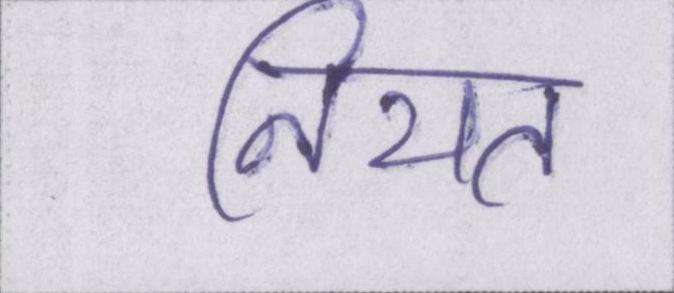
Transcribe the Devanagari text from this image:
नियत